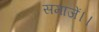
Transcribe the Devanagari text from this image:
समाजें।।